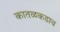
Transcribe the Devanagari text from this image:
कातळकडाच